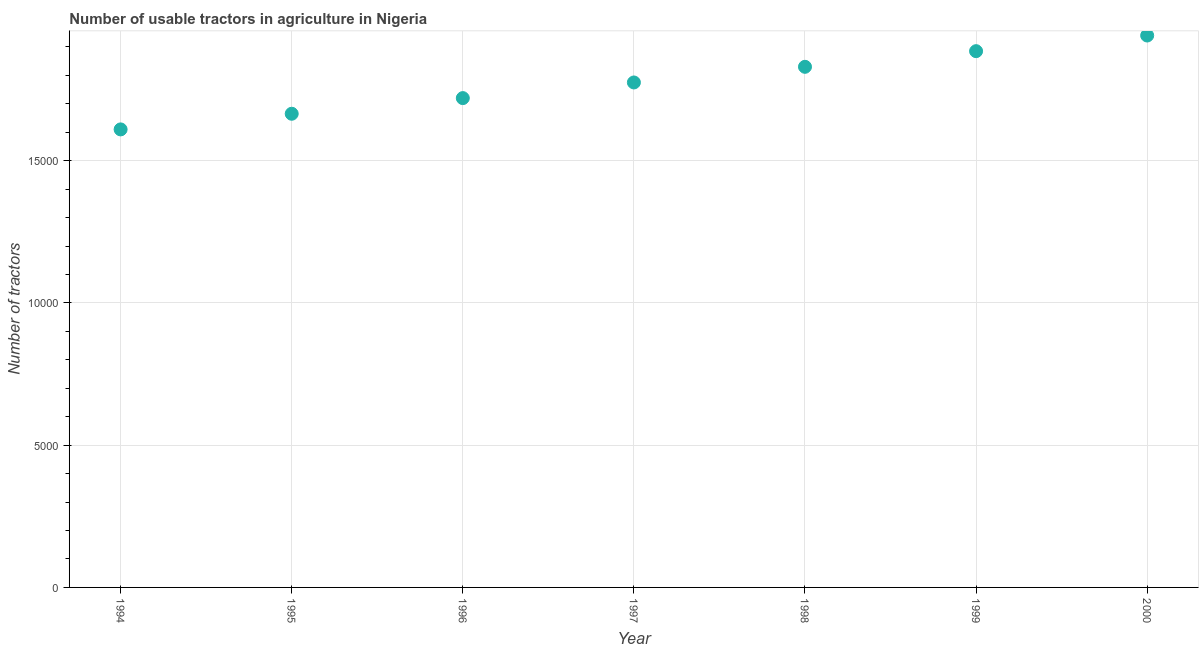
| Year | Agricultural machinery |
 | --- | --- |
 | 1994 | 1.61e+04 |
 | 1995 | 1.66e+04 |
 | 1996 | 1.72e+04 |
 | 1997 | 1.78e+04 |
 | 1998 | 1.83e+04 |
 | 1999 | 1.88e+04 |
 | 2000 | 1.94e+04 |